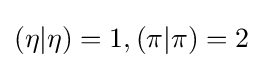
(\eta |\eta )=1,(\pi |\pi )=2